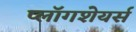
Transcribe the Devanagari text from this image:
प्लॉगशेयर्स